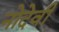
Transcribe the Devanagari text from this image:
नोदेवी